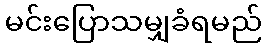
မင်းပြောသမျှခံရမည်